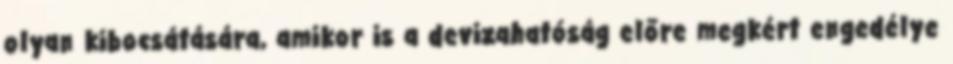
olyan kibocsátására, amikor is a devizahatóság előre megkért engedélye